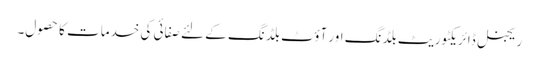
ریجنل ڈائریکٹوریٹ بلڈنگ اور آؤٹ بلڈنگ کے لئے صفائی کی خدمات کا حصول۔